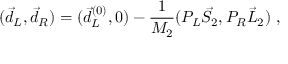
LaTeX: ( \vec { d } _ { L } , \vec { d } _ { R } ) = ( \vec { d } _ { L } ^ { ( 0 ) } , 0 ) - { \frac { 1 } { M _ { 2 } } } ( P _ { L } \vec { S } _ { 2 } , P _ { R } \vec { L } _ { 2 } ) \ ,